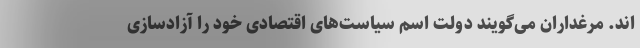
اند. مرغداران می‌گویند دولت اسم سیاست‌های اقتصادی خود را آزادسازی